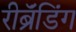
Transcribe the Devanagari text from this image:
रीब्रॅंडिंग